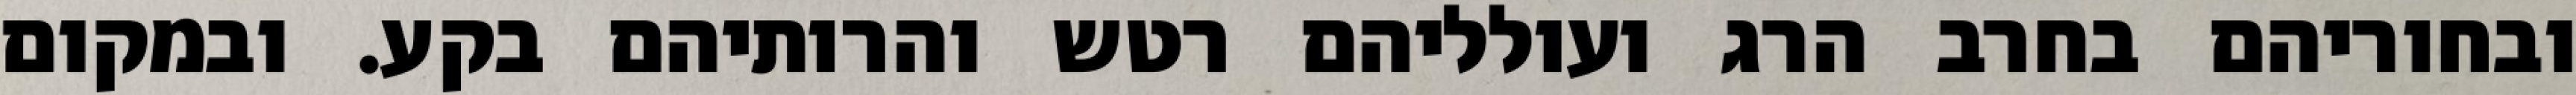
ובחוריהם בחרב הרג ועולליהם רטש והרותיהם בקע. ובמקום